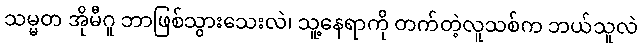
သမ္မတ အိုမီဂူ ဘာဖြစ်သွားသေးလဲ၊ သူ့နေရာကို တက်တဲ့လူသစ်က ဘယ်သူလဲ